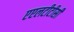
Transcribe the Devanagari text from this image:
एएलटीटीसी